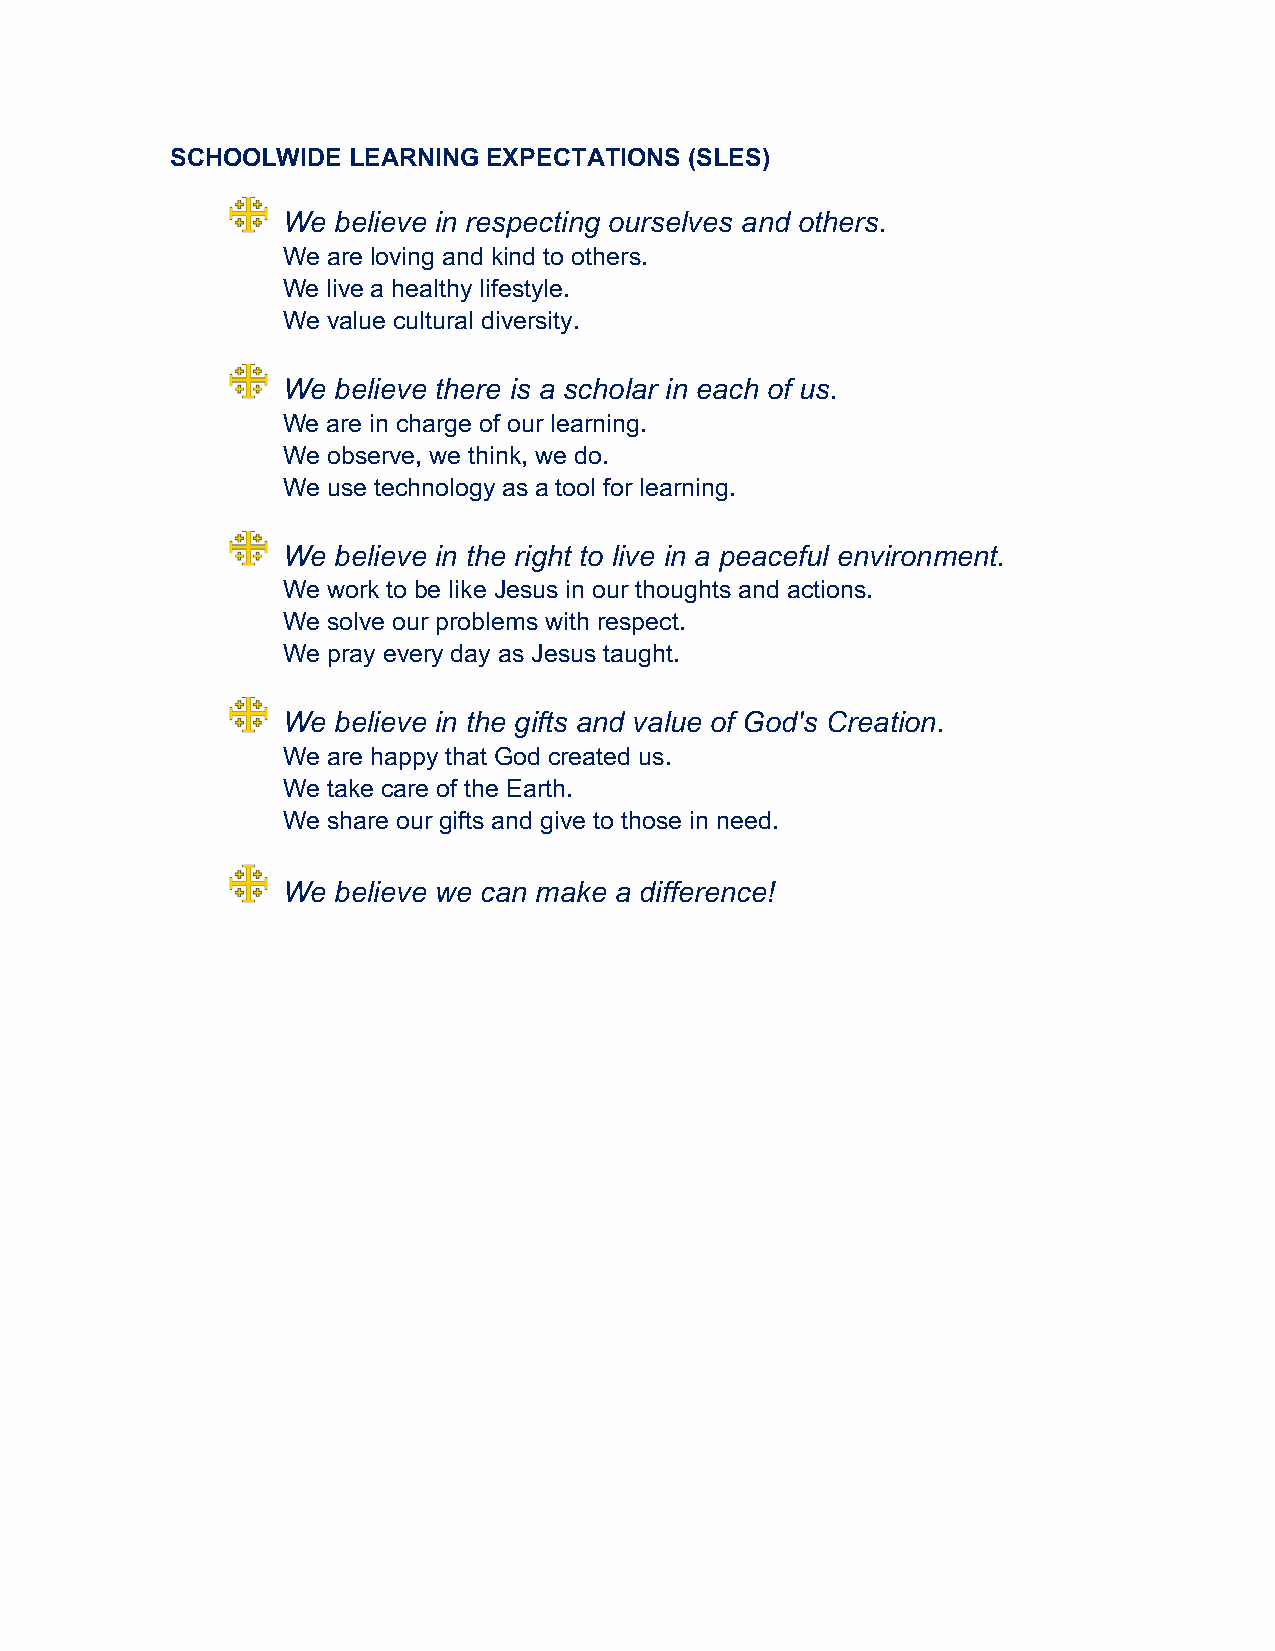
SCHOOLWIDE  LEARNING EXPECTATIONS  (SLES)
 We believe in respecting ourselves and others.
 We are loving and kind to others.
 We live a healthy lifestyle.
 We value cultural diversity.
 We believe there is a scholar in each of us.
 We are in charge of our learning.
 We observe, we think, we do.
 We use technology as a tool for learning.
 We believe in the right to live in a peaceful environment.
 We work to be like Jesus in our thoughts and actions.
 We solve our problems with respect.
 We pray every day as Jesus taught.
 We believe in the gifts and value of God's Creation.
 We are happy that God created us.
 We take care of the Earth.
 We share our gifts and give to those in need.
 We believe we can make a difference!